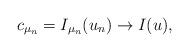
LaTeX: \begin{align*}c_{\mu_n}=I_{\mu_n}(u_n) \to I(u),\end{align*}